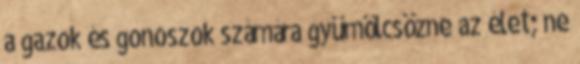
a gazok és gonoszok számára gyümölcsözne az élet; ne